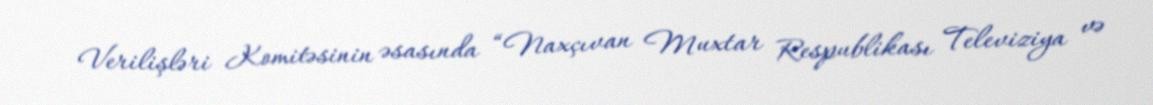
Verilişləri Komitəsinin əsasında “Naxçıvan Muxtar Respublikası Televiziya və